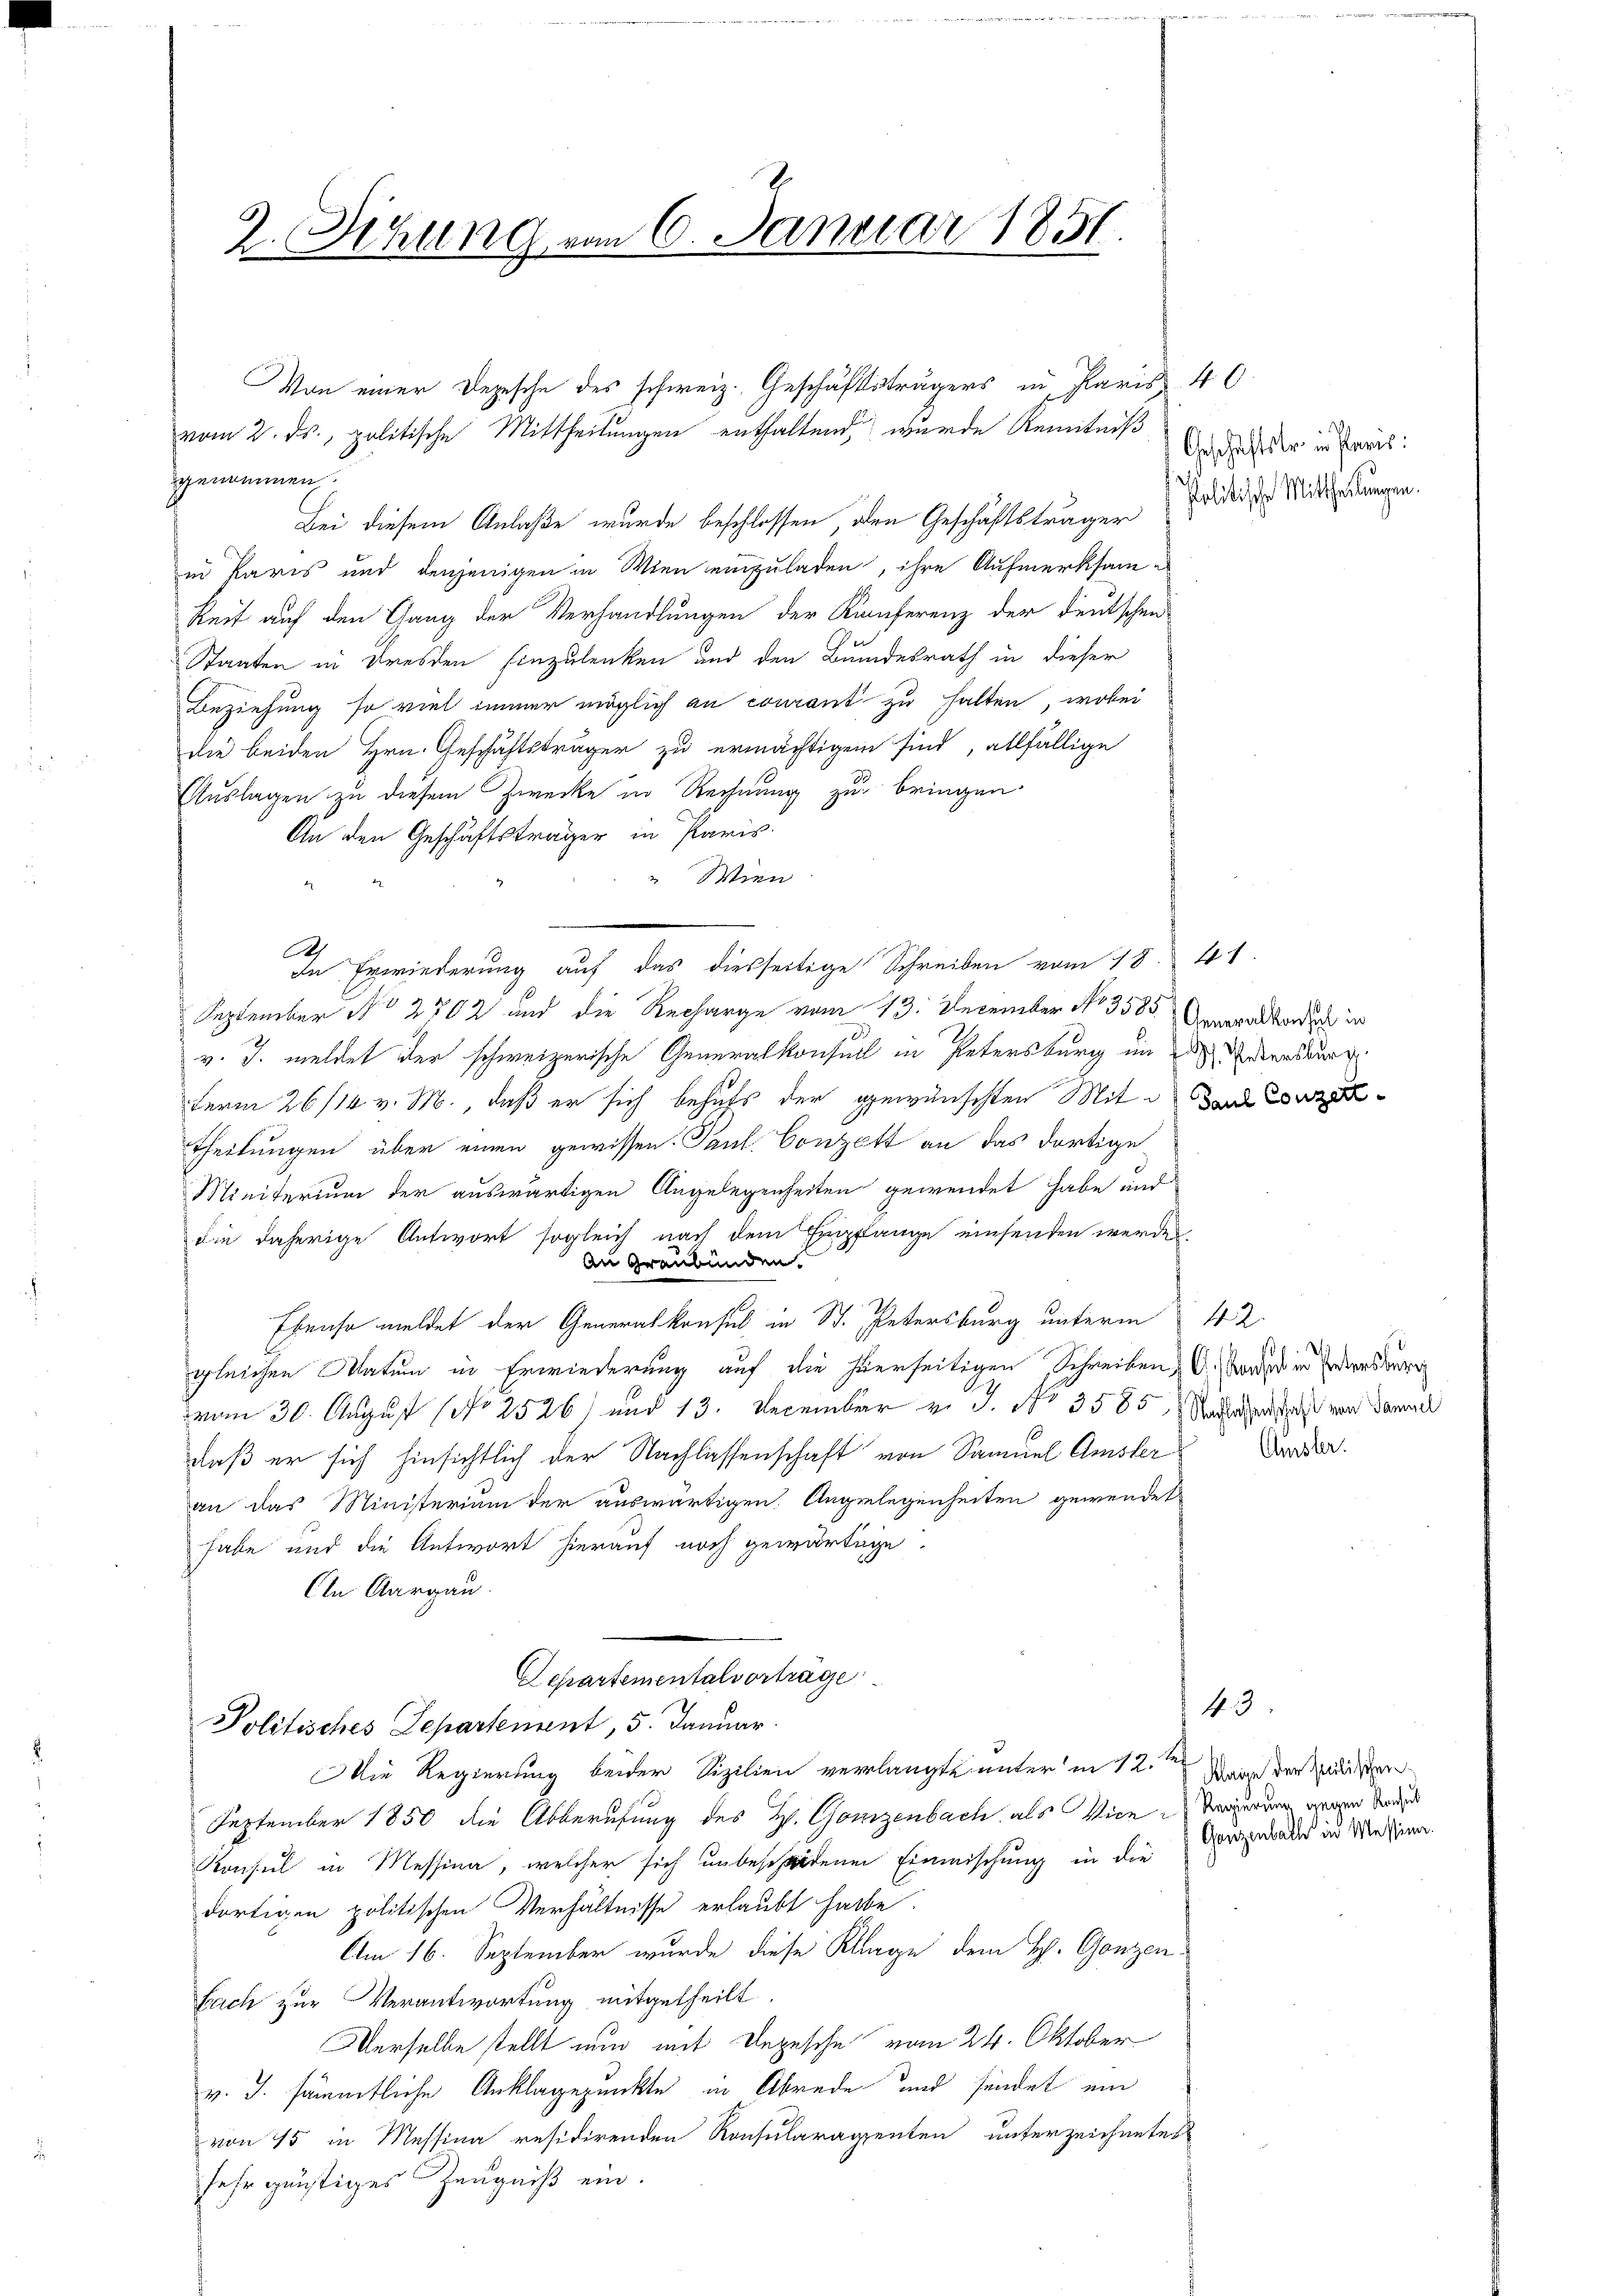
2. Sitzung vom 6. Januar 1851.

vom 2. ds., politische Mittheilungen enthaltend wurde Kenntniß
genommen.
Bei diesem Anlaße wurde beschlossen den Geschäftsträger
in Paris und denjenigen in Wien einzuladen, ihre Aufmerksamkeit auf den Gang der Verhandlungen der Konferenz der deutschen
Staaten in Dresden Einzulenken und den Bundesrath in dieser
Beziehung so viel immer möglich an courant zu halten, wobei
die beiden Hrn. Geschäftsträger zu ermächtigen sind, allfällige
Auslagen zu diesem Zwecke in Rechnung zu bringen.
An den Geschäftsträger in Paris.
“ Wien
A
In Erwiederung auf das diesseitige Schreiben vom 18. 41.
September No 2702 und die Recharge vom 13. December No. 3585 Anmerakkorden in
v. J. meldet der schweizerische Generalkonsul in Petersburg im zu Webersburg
Ferm 26/12 v. M., daß er sich behufs der gewünschten Mit das Conze
Theilungen über einen gewissen. Paul Conzett an das dortige
Ministerium der auswärtigen Angelegenheiten gewendet habe und
die daherige Antwort sogleich nach dem Empflanze einsenden werden
An Graubünden
Ebenso meldet der Generalkonsul in St. Petersburg unterm
gleichen Matum in Erwiederung auf die hierseitigen Schreiben, A. Sonder in densburg
vom 30. August [No 2526) und 13. December v. J. No 3585.  Madamenstatt von Daniel
daß er sich hinsichtlich der Nachlassenschaft von Samuel Amsler
an das Ministerium der auswärtigen. Angelegenheiten gewendet
habe und die Antwort hierauf noch gewärtige.
En Aargau.

Separtementalvorträge
Politisches Departement, 5. Januar.

Man einer Depesche des schweiz. Geschäftsträgers in Paris 40

Die Regierung beider Sizilien verlangte unter in 12. Mai der Gedeckten
September 1850 die Abberufung des H. Gonizenbach als Wien Vergerung genen Verand
Konsul in Messina, welcher sich unbeschiedenen Einmischung in die
dortigen politischen Verhältnisse erlaubt habe.
Am 16. September wurde diese Klage dem H. Gonzen.
Fach zur Verantwortung mitgetheilt.
Derselbe stellt nun mit Depesche vom 24. Oktober
v. J. sämmtliche Anklagepunkte in Abrede und findet ein
von 15 in Messina residirenden Konsularagsenten unterzeichnetes
sehr günstiges Zeugniß ein.

Geschäftstro in Paris
Politische Mittheilungen

43
Ganzenbach in Messinn.

42.
Amsler.